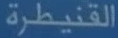
القنيطرة